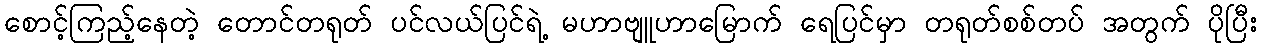
စောင့်ကြည့်နေတဲ့ တောင်တရုတ် ပင်လယ်ပြင်ရဲ့ မဟာဗျူဟာမြောက် ရေပြင်မှာ တရုတ်စစ်တပ် အတွက် ပိုပြီး